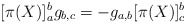
\begin{align*}[\pi(X)]_a^bg_{b,c} = -g_{a,b}[\pi(X)]_c^b\end{align*}